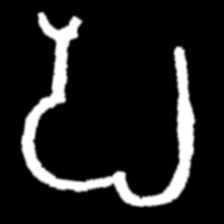
Pyu character \u2014 Myanmar letter: ပ (romanized: pa)